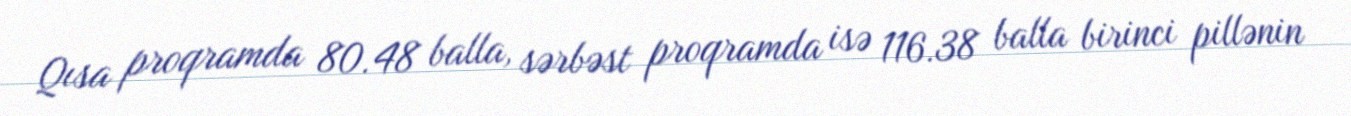
Qısa proqramda 80.48 balla, sərbəst proqramda isə 116.38 balla birinci pillənin